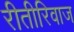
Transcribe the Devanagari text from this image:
रीतीरिवाज